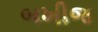
બખીજ